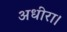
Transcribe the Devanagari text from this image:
अधीरा।